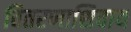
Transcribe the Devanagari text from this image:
वितरणाशिवाय